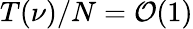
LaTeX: T(\nu)/N={\cal O}(1)